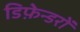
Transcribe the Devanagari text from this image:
डिफ़ेन्डरों